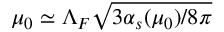
\mu _ { 0 } \simeq \Lambda _ { F } \sqrt { 3 \alpha _ { s } ( \mu _ { 0 } ) / 8 \pi }